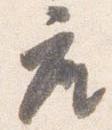
座